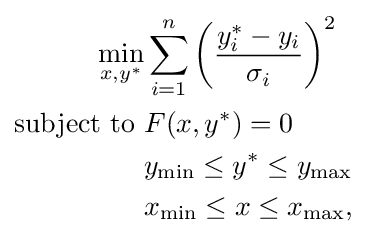
{\begin{aligned}\min _{x,y^{*}}&\sum _{i=1}^{n}\left({\frac {y_{i}^{*}-y_{i}}{\sigma _{i}}}\right)^{2}\\{\text{subject to  }}&F(x,y^{*})=0\\&y_{\min }\leq y^{*}\leq y_{\max }\\&x_{\min }\leq x\leq x_{\max },\end{aligned}}\,\!